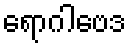
ရောဂါဗေဒ